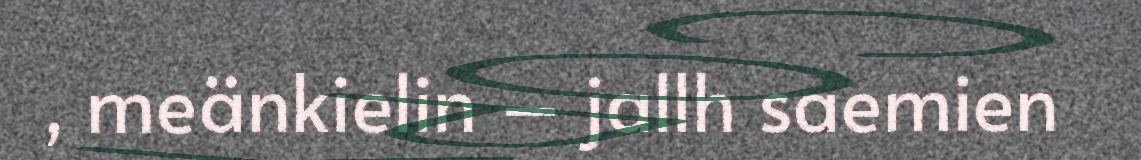
, meänkielin – jallh saemien